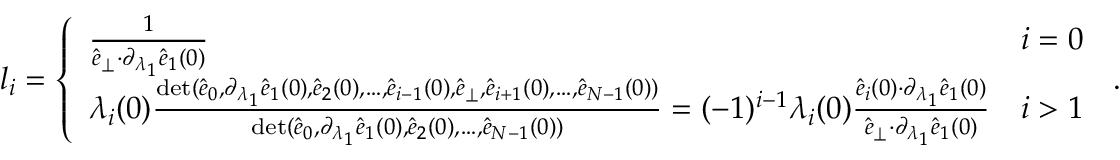
\begin{array} { r } { l _ { i } = \left\{ \begin{array} { l l } { \frac { 1 } { \hat { e } _ { \perp } { \cdot } \partial _ { \lambda _ { 1 } } \hat { e } _ { 1 } ( 0 ) } } & { i = 0 } \\ { \lambda _ { i } ( 0 ) \frac { \operatorname* { d e t } ( \hat { e } _ { 0 } , \partial _ { \lambda _ { 1 } } \hat { e } _ { 1 } ( 0 ) , \hat { e } _ { 2 } ( 0 ) , \dots , \hat { e } _ { i - 1 } ( 0 ) , \hat { e } _ { \perp } , \hat { e } _ { i + 1 } ( 0 ) , \dots , \hat { e } _ { N - 1 } ( 0 ) ) } { \operatorname* { d e t } ( \hat { e } _ { 0 } , \partial _ { \lambda _ { 1 } } \hat { e } _ { 1 } ( 0 ) , \hat { e } _ { 2 } ( 0 ) , \dots , \hat { e } _ { N - 1 } ( 0 ) ) } = ( - 1 ) ^ { i - 1 } \lambda _ { i } ( 0 ) \frac { \hat { e } _ { i } ( 0 ) { \cdot } \partial _ { \lambda _ { 1 } } \hat { e } _ { 1 } ( 0 ) } { \hat { e } _ { \perp } { \cdot } \partial _ { \lambda _ { 1 } } \hat { e } _ { 1 } ( 0 ) } } & { i > 1 } \end{array} \right. \, . } \end{array}